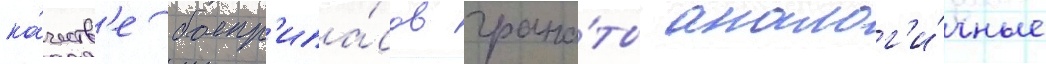
ка́честв'е боепр'ипа́сов грана́ты аналог'и́чные